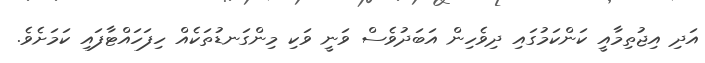
އަދި އިޖުތިމާއީ ކަންކަމުގައި ދިވެހިން އަބަދުވެސް ވަނީ ވަކި މިންގަނޑުތަކެއް ހިފަހައްޓާފައި ކަމަށެވެ.